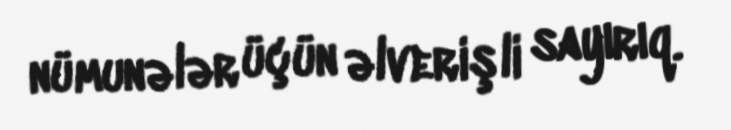
nümunələr üçün əlverişli sayırıq.